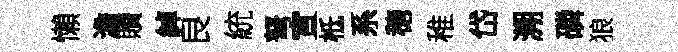
懶澹贖綽良統弩宣柢系穂稚岱溯磷狼